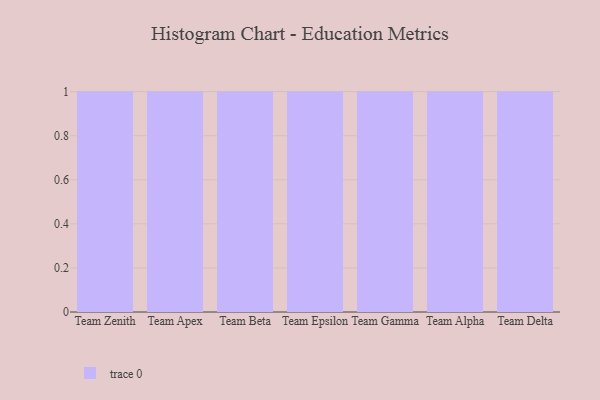
{"axis": {"x": "Team", "y": "Page Views"}, "legend": [""], "data": [{"x": "Team Zenith", "y": 81, "type": ""}, {"x": "Team Apex", "y": 36, "type": ""}, {"x": "Team Beta", "y": 83, "type": ""}, {"x": "Team Epsilon", "y": 93, "type": ""}, {"x": "Team Gamma", "y": 78, "type": ""}, {"x": "Team Alpha", "y": 98, "type": ""}, {"x": "Team Delta", "y": 61, "type": ""}]}